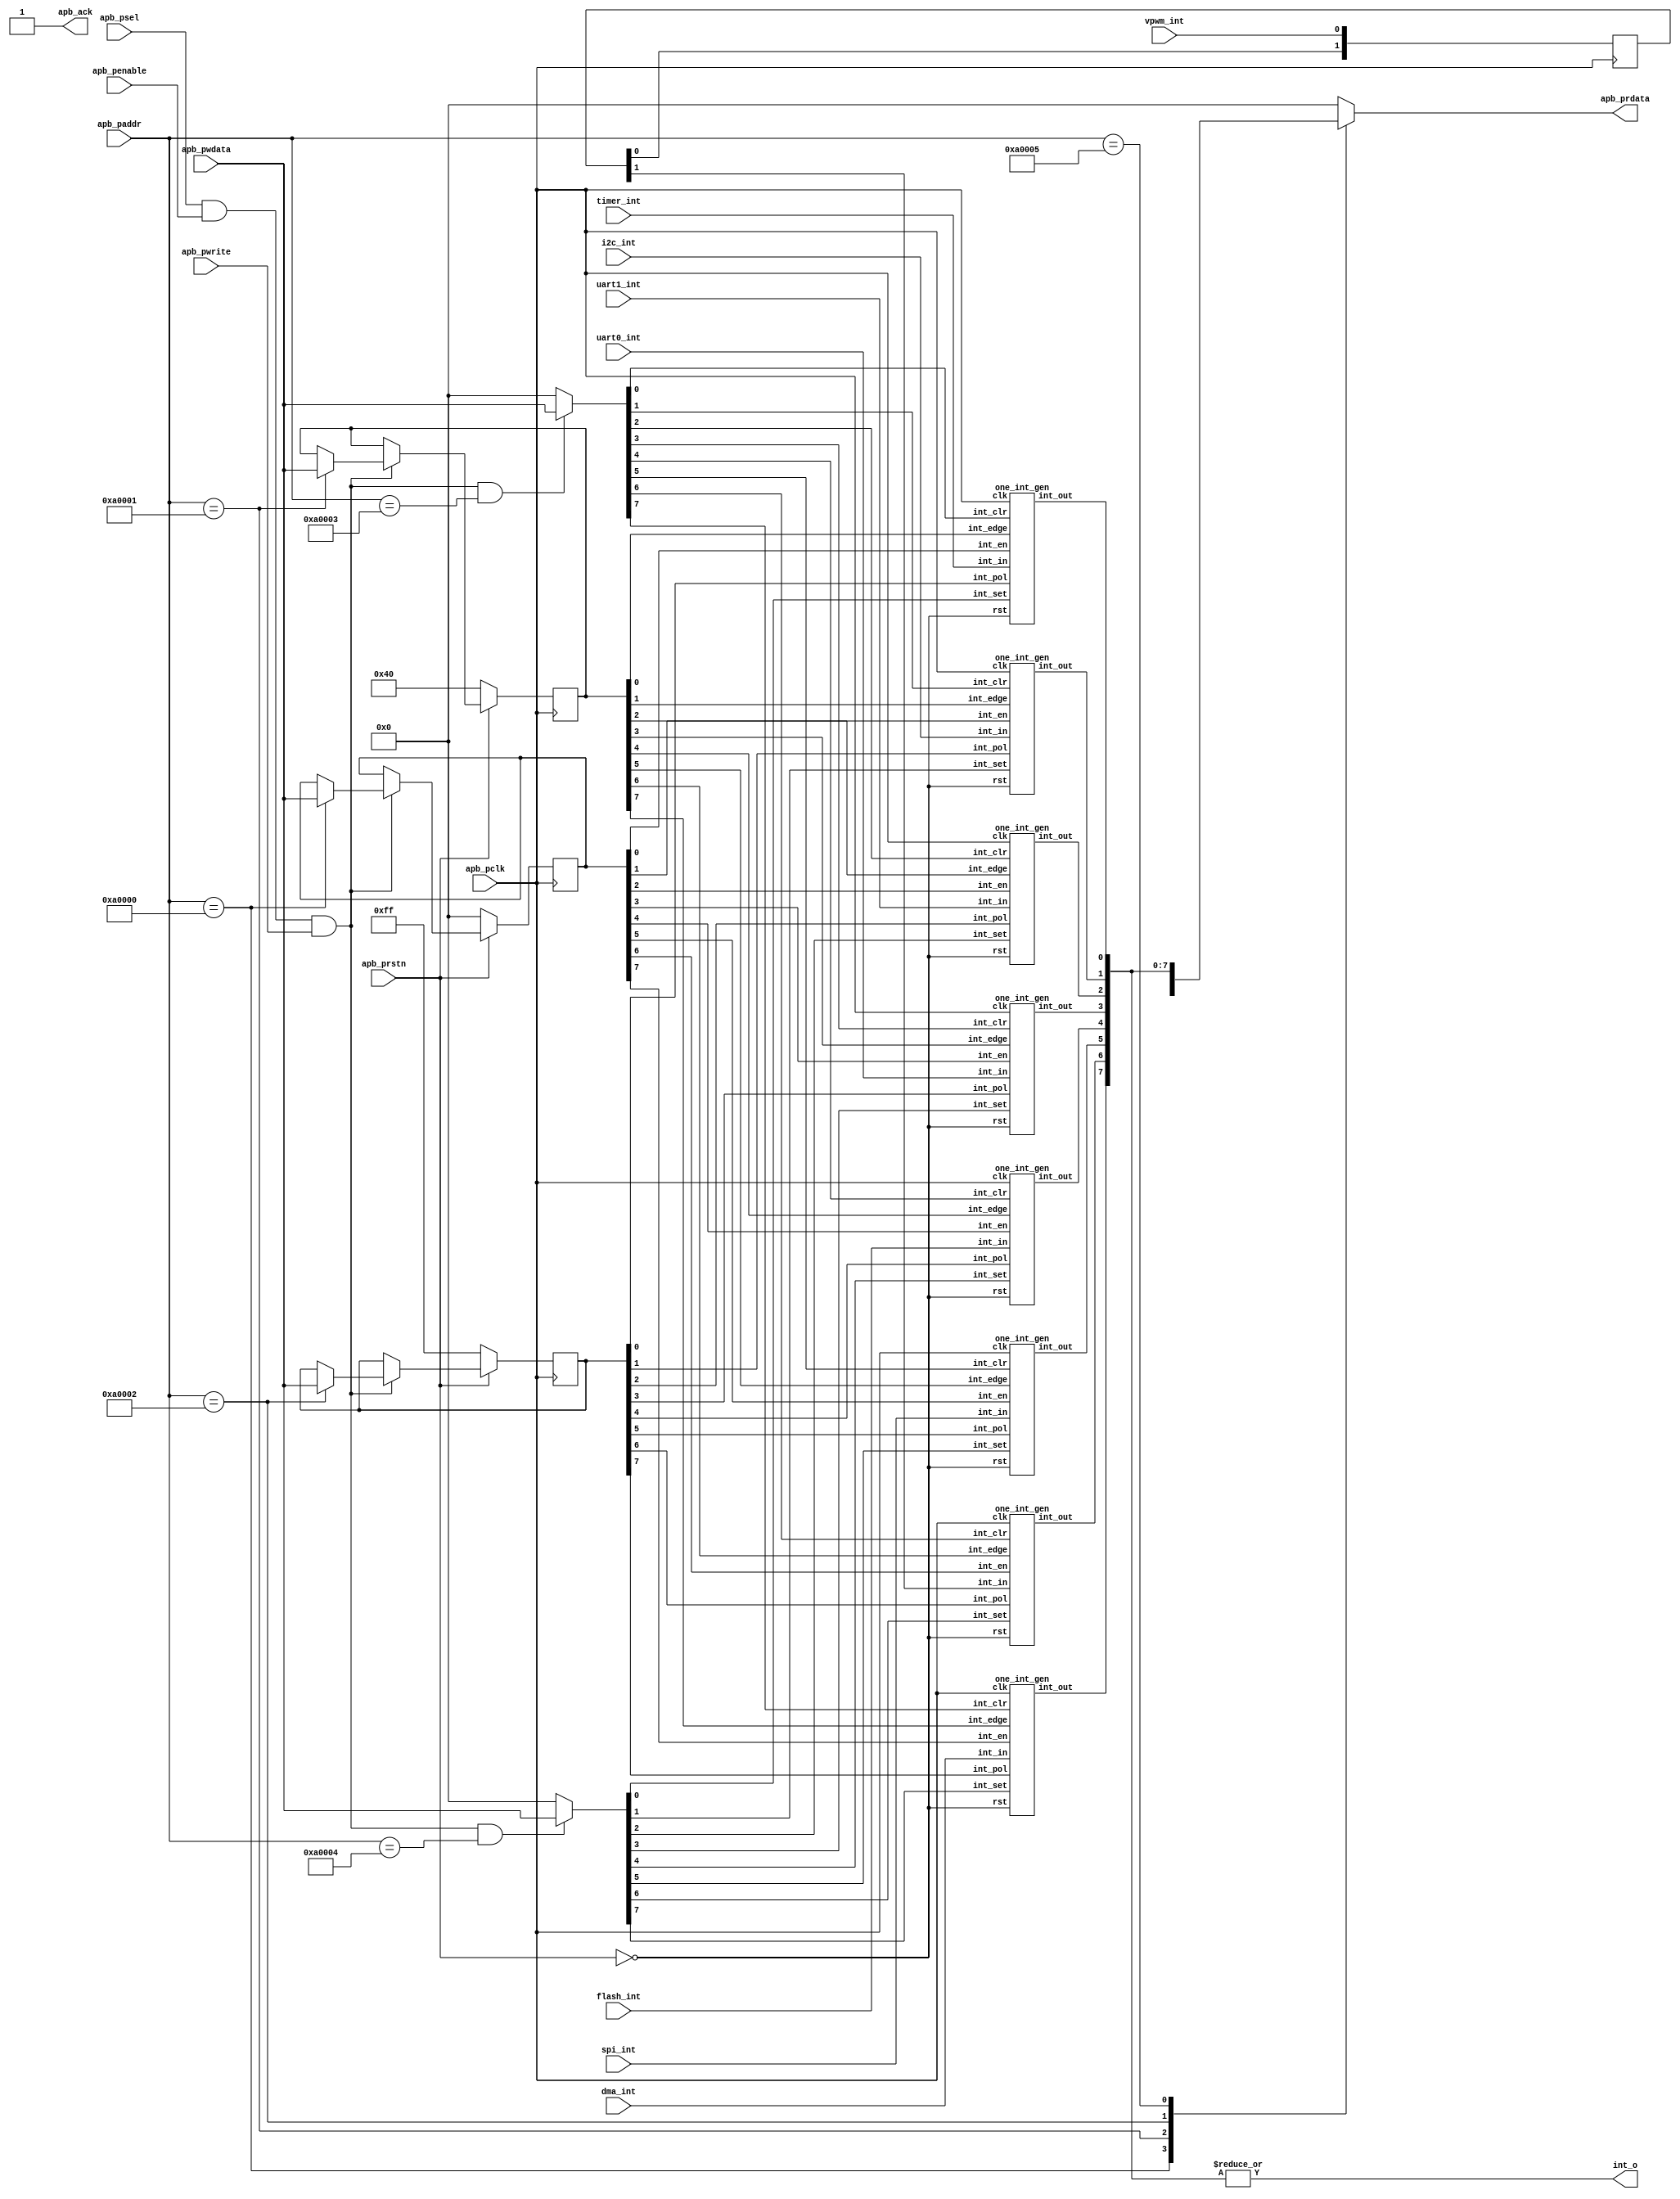
`define INT_EN      20'ha0000
`define INT_EDGE    20'ha0001
`define INT_POL     20'ha0002
`define INT_CLR     20'ha0003
`define INT_SET     20'ha0004
`define INT_OUT     20'ha0005
`define SRPROT      20'ha0006

module CONFREG (
    input             apb_pclk,
    input             apb_prstn,
    input             apb_psel,
	input [19:0]      apb_paddr,
	input             apb_pwrite,
    input             apb_penable,
    input [7:0]       apb_pwdata,
    output reg [7:0]  apb_prdata,
	output 			  apb_ack,

	input             timer_int,
	input             i2c_int,
	input             uart1_int,
    input             uart0_int,
    input             flash_int,
    input             spi_int,
    input             vpwm_int,
    input             dma_int,

    output            int_o
);
	assign apb_ack = 1'b1;

	wire we = apb_psel & apb_penable & apb_pwrite;
	wire re = apb_psel & apb_penable &~apb_pwrite;

	reg [7:0]  int_en;
	reg [7:0]  int_edge;
	reg [7:0]  int_pol;
	wire [7:0] int_out;

	always @(posedge apb_pclk)
	begin
		if (!apb_prstn)
		begin
			int_en  <= 8'b00000000;
			int_edge<= 8'b01000000;
			int_pol <= 8'b11111111;
		end 
		else if (we)
		begin
			case(apb_paddr)
				`INT_EN     : int_en    <= apb_pwdata;
				`INT_EDGE   : int_edge  <= apb_pwdata;
				`INT_POL    : int_pol   <= apb_pwdata;
				default : ;
			endcase
		end
	end

	wire [7:0] status_in = 8'b0;
	always @(*)
	begin
		case(apb_paddr)
			`INT_EN     : apb_prdata <= int_en;
			`INT_EDGE   : apb_prdata <= int_edge;
			`INT_POL    : apb_prdata <= int_pol;
			// `INT_CLR    : apb_prdata <= int_clr;
			// `INT_SET    : apb_prdata <= int_set;
			`INT_OUT    : apb_prdata <= int_out;
			`SRPROT     : apb_prdata <= status_in[7:0];
		default:  apb_prdata <= 8'b0;
		endcase
	end

	reg [1:0] vpwm_int_v;
	always @(posedge apb_pclk) vpwm_int_v[1:0] <= {vpwm_int_v[0], vpwm_int};

	wire [7:0] int_in = {dma_int, vpwm_int_v[1], spi_int, flash_int, uart0_int, uart1_int, i2c_int, timer_int};
	wire [7:0] int_clr = we && (apb_paddr == `INT_CLR) ? apb_pwdata : 8'b0;
	wire [7:0] int_set = we && (apb_paddr == `INT_SET) ? apb_pwdata : 8'b0;

	one_int_gen int0(.clk(apb_pclk),.rst(~apb_prstn), .int_en(int_en[0]),.int_edge(int_edge[0]), .int_pol(int_pol[0]),
						.int_in(int_in[0]), .int_set(int_set[0]),.int_clr ( int_clr[0]), .int_out(int_out[0]));
	one_int_gen int1(.clk(apb_pclk),.rst(~apb_prstn), .int_en(int_en[1]),.int_edge(int_edge[1]), .int_pol(int_pol[1]),
						.int_in(int_in[1]), .int_set(int_set[1]),.int_clr ( int_clr[1]), .int_out(int_out[1]));
	one_int_gen int2(.clk(apb_pclk),.rst(~apb_prstn), .int_en(int_en[2]),.int_edge(int_edge[2]), .int_pol(int_pol[2]),
						.int_in(int_in[2]), .int_set(int_set[2]),.int_clr ( int_clr[2]), .int_out(int_out[2]));
	one_int_gen int3(.clk(apb_pclk),.rst(~apb_prstn), .int_en(int_en[3]),.int_edge(int_edge[3]), .int_pol(int_pol[3]),
						.int_in(int_in[3]), .int_set(int_set[3]),.int_clr ( int_clr[3]), .int_out(int_out[3]));
	one_int_gen int4(.clk(apb_pclk),.rst(~apb_prstn), .int_en(int_en[4]),.int_edge(int_edge[4]), .int_pol(int_pol[4]),
						.int_in(int_in[4]), .int_set(int_set[4]),.int_clr ( int_clr[4]), .int_out(int_out[4]));
	one_int_gen int5(.clk(apb_pclk),.rst(~apb_prstn), .int_en(int_en[5]),.int_edge(int_edge[5]), .int_pol(int_pol[5]),
						.int_in(int_in[5]), .int_set(int_set[5]),.int_clr ( int_clr[5]), .int_out(int_out[5]));
	one_int_gen int6(.clk(apb_pclk),.rst(~apb_prstn), .int_en(int_en[6]),.int_edge(int_edge[6]), .int_pol(int_pol[6]),
						.int_in(int_in[6]), .int_set(int_set[6]),.int_clr ( int_clr[6]), .int_out(int_out[6]));
	one_int_gen int7(.clk(apb_pclk),.rst(~apb_prstn), .int_en(int_en[7]),.int_edge(int_edge[7]), .int_pol(int_pol[7]),
						.int_in(int_in[7]), .int_set(int_set[7]),.int_clr ( int_clr[7]), .int_out(int_out[7]));

	assign int_o = |int_out;

endmodule



module one_int_gen(clk, rst, int_en, int_edge, int_pol , int_in, int_out, int_clr, int_set);
	input  clk;
	input  rst;
	input  int_en;
	input  int_edge;
	input  int_pol;
	input  int_in;
	input  int_clr;
	input  int_set;
	output int_out;

	reg    int_delay;
	reg    int_lt;
	always @(posedge clk)
	begin
		if (rst)
			int_delay <= 1'b0;
		else
			int_delay <= int_in;
	end

	always @ (posedge clk)
	begin
		if (rst) int_lt <= 1'b0;
		else if (int_in != int_delay && int_in == int_pol) int_lt <= 1'b1;
		// detecting the edge of int_in
		else if (int_set)           int_lt <= 1'b1;
		else if (int_clr)           int_lt <= 1'b0;
	end

	wire   inv_int   =  ~(int_pol ^ int_in);// for INTC(dma, vpwm, ..., i2c, timer), int_pol defaults to 1
	wire   level_int = int_edge ? int_lt : inv_int;// for INTC, int_edge is 0, so level_int is always equal to inv_int
	assign int_out   = int_en & level_int;

endmodule